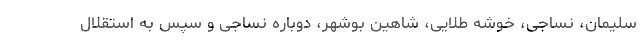
سلیمان، نساجی، خوشه طلایی، شاهین بوشهر، دوباره نساجی و سپس به استقلال